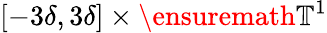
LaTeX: [-3\delta,3\delta]\times\ensuremath{\mathbb{T}}^{1}